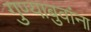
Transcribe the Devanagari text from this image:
गुण्याबुवांना